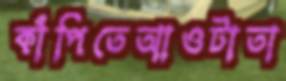
কাঁপিতেআওটাতা